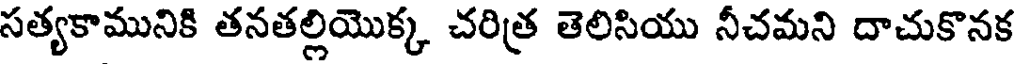
సత్యకామునికి తనతల్లియొక్క చరిత్ర తెలిసియు నీచమని దాచుకొనక